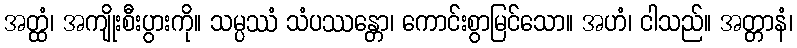
အတ္ထံ၊ အကျိုးစီးပွားကို။ သမ္ပဿံ သံပဿန္တော၊ ကောင်းစွာမြင်သော။ အဟံ၊ ငါသည်။ အတ္တာနံ၊